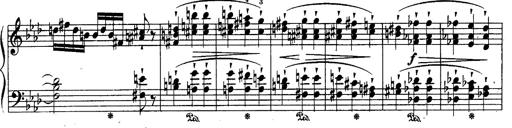
Title: Schubert's Impromptus [revised and edited by Franz Liszt]
Composer: Franz Liszt